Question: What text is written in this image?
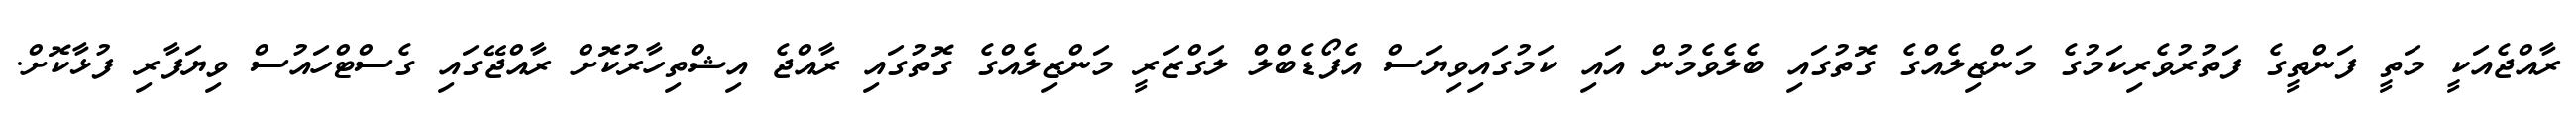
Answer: ރާއްޖެއަކީ މަތީ ފަންތީގެ ފަތުރުވެރިކަމުގެ މަންޒިލެއްގެ ގޮތުގައި ބެލެވެމުން އައި ކަމުގައިވިޔަސް އެފޯޑެބްލް ލަގްޒަރީ މަންޒިލެއްގެ ގޮތުގައި ރާއްޖެ އިޝްތިހާރުކޮށް ރާއްޖޭގައި ގެސްޓްހައުސް ވިޔަފާރި ފުޅާކޮށް.